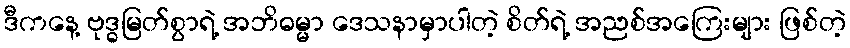
ဒီကနေ့ ဗုဒ္ဓမြတ်စွာရဲ့ အဘိဓမ္မာ ဒေသနာမှာပါတဲ့ စိတ်ရဲ့ အညစ်အကြေးများ ဖြစ်တဲ့